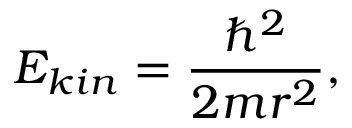
E _ { k i n } = \frac { \hbar ^ { 2 } } { 2 m r ^ { 2 } } ,